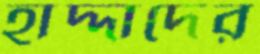
হাদ্দাদের